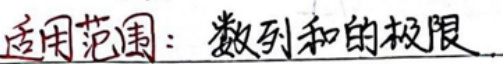
适用范围：数列和的极限